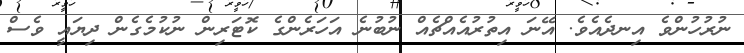
ނުރުހުންވެ އިނދެއެވެ. އޭނަ އިތުރުއެއްޗެއް ނުބުނެ އަހަރެންގެ ކޮޓަރިން ނުކުމެގެން ދިޔައީ ވެސް